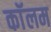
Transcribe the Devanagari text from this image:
काॅलम